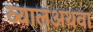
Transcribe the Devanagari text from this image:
व्यालअथवा